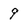
Character: 9